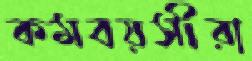
কমবয়সীরা